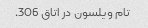
تام ویلسون در اتاق 306.